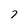
Character: 7